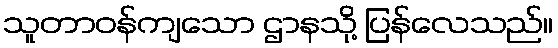
သူတာဝန်ကျသော ဌာနသို့ ပြန်လေသည်။